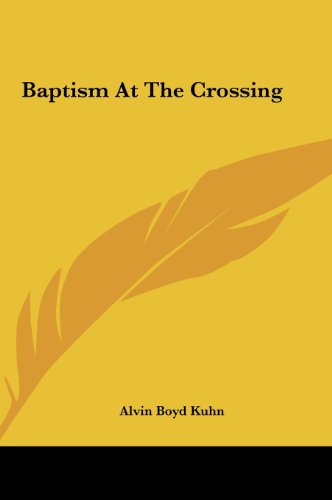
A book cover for Baptism At The Crossing; Alvin Boyd Kuhn; Computers & Technology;